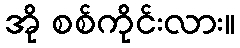
အို စစ်ကိုင်းလား။